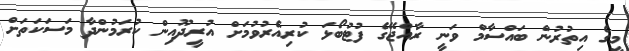
މީގެ އިތުރުން ބައްސާމް ވަނީ ރާއްޖޭގެ ފުޓުބޯޅަ ކުރިއެރުވުމަށް އުރީދޫއިން ކުރަމުންދާ މަސަކަތަށް